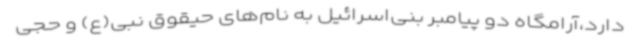
دارد،آرامگاه دو پیامبر بنی‌اسرائیل به نام‌های حیقوق نبی(ع) و حجی